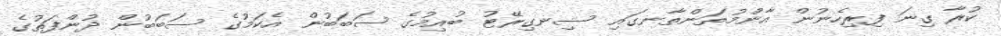
ކުރާ ގިނަ ފިރިހެނުން އާންމުތަންތާނގައި ސިނގިރޭޓު ބުއިމުގެ ސަބަބުން އެކަމުގެ ސަބަބުން ދުންފަތުގެ